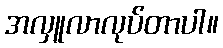
အလှူလာလုပ်တာပါ။